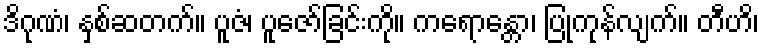
ဒိဂုဏံ၊ နှစ်ဆတက်။ ပူဇံ၊ ပူဇော်ခြင်းကို။ ကရောန္တော၊ ပြုကုန်လျက်။ တီဟိ၊